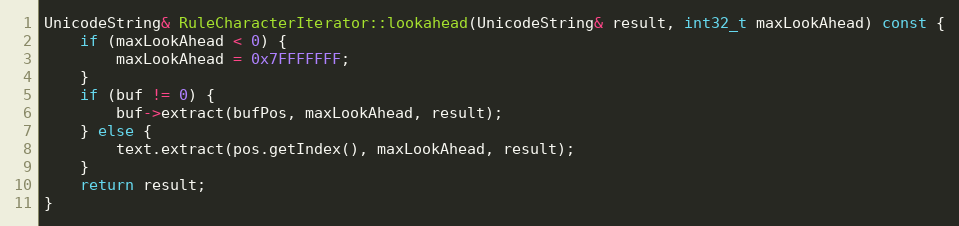
Language: C++
UnicodeString& RuleCharacterIterator::lookahead(UnicodeString& result, int32_t maxLookAhead) const {
    if (maxLookAhead < 0) {
        maxLookAhead = 0x7FFFFFFF;
    }
    if (buf != 0) {
        buf->extract(bufPos, maxLookAhead, result);
    } else {
        text.extract(pos.getIndex(), maxLookAhead, result);
    }
    return result;
}